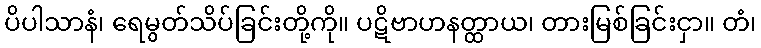
ပိပါသာနံ၊ ရေမွတ်သိပ်ခြင်းတို့ကို။ ပဋိဗာဟနတ္ထာယ၊ တားမြစ်ခြင်းငှာ။ တံ၊